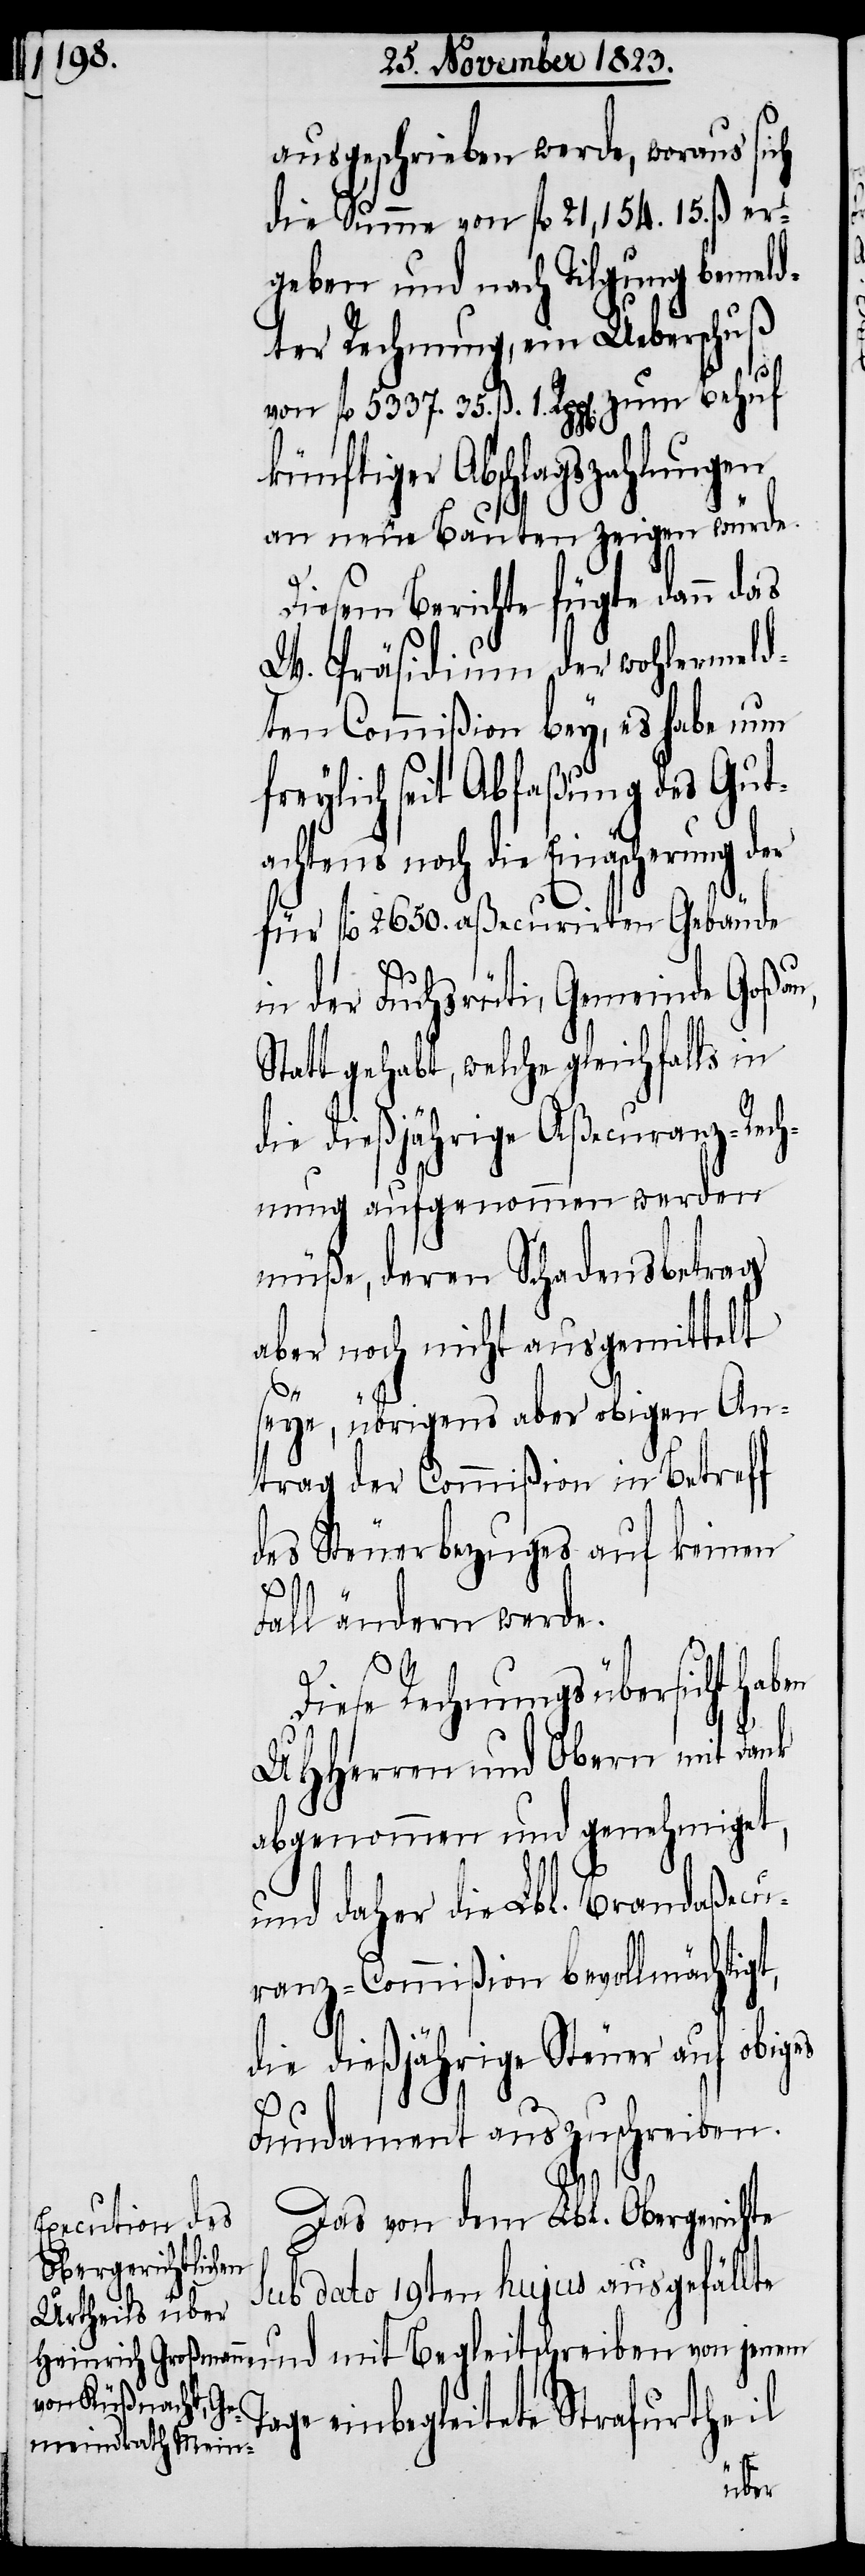
ausgeschrieben werde, woraus sich
die Summe von fl 21,154. 15. ß er¬
geben und nach Tilgung bemeld¬
ter Rechnung, ein Ueberschuß
künftiger Abschlagszahlungen
an neue Bauten zeigen würde.
Diesem Berichte fügte dann das
W. Präsidium der wohlermeld¬
ten Commißion bey, es habe nun
freylich seit Abfaßung des Gut¬
achtens noch die Einäscherung der
für fl 2650. aßecurirten Gebäude
in der Fuchsrüti, Gemeinde Goßau,
Statt gehabt, welche gleichfalls in
die dießjährige Aßecuranz-Rec¬
hnung aufgenommen werden
müße, deren Schadensbetrag
aber noch nicht ausgemittelt
seye, übrigens aber obigen An¬
trag der Commißion in Betreff
des Steuerbezuges auf keinen
ß. 1.
Fall ändern werde.
35.
Diese Rechnungsübersicht haben
UHHerren und Obern mit Dank
abgenommen und genehmiget,
und daher die Lbl. Brandaßecu¬
ranz-Commißion bevollmächtigt,
die dießjährige Steuer auf obiges
Fundament auszuschreiben.
Das von dem Lbl. Obergerichte
sub dato 19ten hujus ausgefällte
Tage einbegleitete Strafurtheil